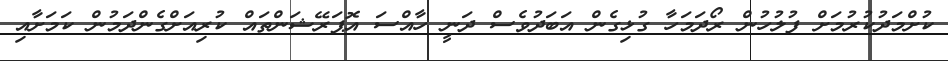
ކުށްމަދުކުރުމަށް ފުލުހުން ރޯދަމަހާ ގުޅިގެން އަބަދުވެސް ދަނީ ހާއްސަ އޮޕަރޭޝަންތައް ކުރިއަށްގެންދަމުން ކަމަށާއި